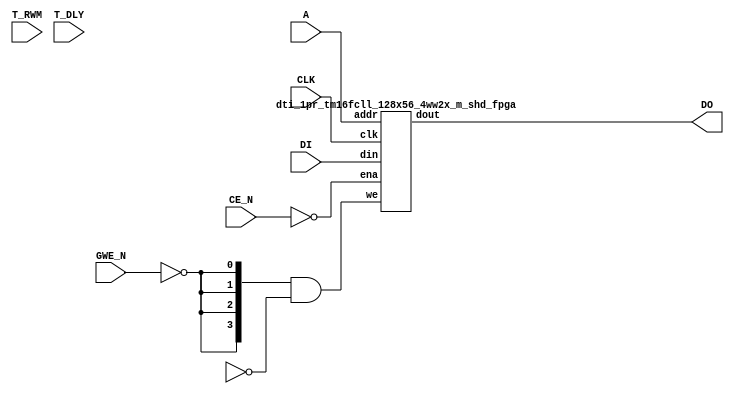
/********************************************************************/
/*  Copyright 1998 - 2022 Dolphin Technology, Inc.                  */
/*  This memory compiler and any data created by it are proprietary */
/*  and confidential information of Dolphin Technology, Inc. and    */
/*  can only be used or viewed with written permission from         */
/*  Dolphin Technology, Inc.                                        */
/*  tsmc16nmffcll, version 1p1p52 Rev_2.6                           */
/********************************************************************/

/*The default setting corresponds to T_RWM == "011".*/

`timescale 1ns/1ps


module dti_1pr_tm16fcll_128x56_4ww2x_m_shd ( DO, A, DI, CE_N, GWE_N, T_RWM, T_DLY, CLK);
output [55:0] DO;               // Data Output
input  [6:0] A;                 // Address
input  [55:0] DI;               // Data Input
input  CE_N;                    // Chip Select Enable --- Active Low
input  GWE_N;                   // Global Write Enable --- Active Low
input  [2:0] T_RWM;             // Adjustment for Sense Amp delay
input  [2:0] T_DLY;
input  CLK;                     // Clock


dti_1pr_tm16fcll_128x56_4ww2x_m_shd_fpga ddti_1pr_tm16fcll_128x56_4ww2x_m_shd_fpga_inst (
  .clk(CLK),    // input wire clka
  .ena(~CE_N),      // input wire ena
  .we( {4{~GWE_N}} & ~BYWE_N),      // input wire [3 : 0] wea
  .addr(A),  // input wire [12 : 0] addra
  .din(DI),    // input wire [31 : 0] dina
  .dout(DO)  // output wire [31 : 0] douta

);

endmodule


/////////////////////////////////////////////

module dti_1pr_tm16fcll_128x56_4ww2x_m_shd_fpga
#(
//--------------------------------------------------------------------------
parameter NUM_COL = 4, // 4 columns of 1 byte each make : 32 bits
parameter COL_WIDTH = 14, //1 byte
parameter ADDR_WIDTH = 7, // Addr Width in bits : 2 *ADDR_WIDTH = RAM Depth ---> 2^10 = 1024
parameter DATA_WIDTH = NUM_COL*COL_WIDTH // Data Width in bits
//--------------------------------------------------------------------------
) (
input clk,
input ena,
input [NUM_COL-1:0] we,
input [ADDR_WIDTH-1:0] addr,
input [DATA_WIDTH-1:0] din,
output reg [DATA_WIDTH-1:0] dout
);

reg [DATA_WIDTH-1:0] ram [(2**ADDR_WIDTH)-1:0];
integer i;

always @ (posedge clk) 
begin
	if(ena) 
	begin
		for(i=0;i<NUM_COL;i=i+1) 
		begin
			if(we[i]) 
			begin
				ram[addr][i*COL_WIDTH +: COL_WIDTH] <= din[i*COL_WIDTH +: COL_WIDTH];
				dout[i*COL_WIDTH +: COL_WIDTH] <= din[i*COL_WIDTH +: COL_WIDTH];
			end
			else
				dout[i*COL_WIDTH +: COL_WIDTH] <= ram[addr][i*COL_WIDTH +: COL_WIDTH];
		end
	end
end

endmodule